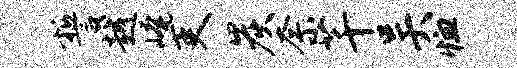
誓越崦吏炭奈芊吴恤